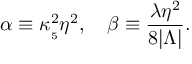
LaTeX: \alpha \equiv \kappa _ { _ 5 } ^ { 2 } \eta ^ { 2 } , \ \ \ \beta \equiv \frac { \lambda \eta ^ { 2 } } { 8 | \Lambda | } .